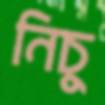
নিচু